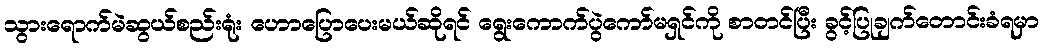
သွားရောက်မဲဆွယ်စည်းရုံး ဟောပြောပေးမယ်ဆိုရင် ရွေးကောက်ပွဲကော်မရှင်ကို စာတင်ပြီး ခွင့်ပြုချက်တောင်းခံရမှာ